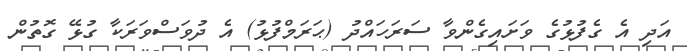
އަދި އެ ގެފުޅުގެ ވަށައިގެންވާ ސަރަހައްދު (ޙަރަމްފުޅު) އެ ދުވަސްވަރަކާ ގުޅޭ ގޮތުން